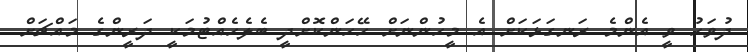
ދުވަހު ވީ އެންމެ ރަނގަޅަކަށް އެ މީހުންނަށް ހޭހަންކޮށްދީ ބެލެހެއްޓުމަކީ ދަރީންގެ މައްޗަށް